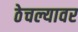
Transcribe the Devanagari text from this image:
ठेचल्यावर